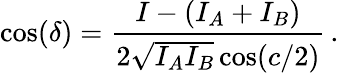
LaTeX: \cos(\delta)=\frac{I-(I_{A}+I_{B})}{2\sqrt{I_{A}I_{B}}\cos(c/2)}\, .